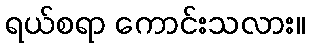
ရယ်စရာ ကောင်းသလား။